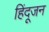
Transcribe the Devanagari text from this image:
हिंदूजन